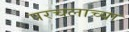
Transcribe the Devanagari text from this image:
परचलाच्या